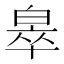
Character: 𬐎